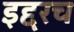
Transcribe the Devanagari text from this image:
इद्दरच